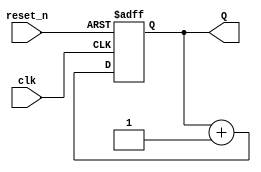
module nupcount
					#(parameter n = 4)
					(
					input clk,reset_n,
					output reg [n-1:0] Q
					);
					
					
					always @ (posedge clk ,negedge reset_n)
					begin
							if (~reset_n)
								Q <= 'b0;
							else 
							   Q <= Q + 1;
					end 
				 	

endmodule